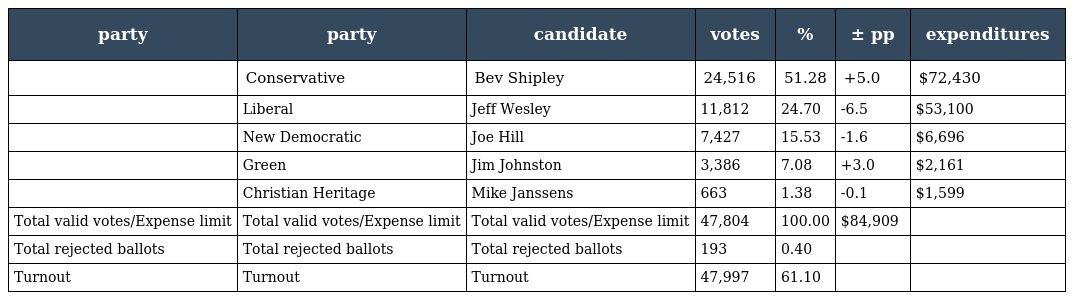
| party | party | candidate | votes | % | ± pp | expenditures |
 | --- | --- | --- | --- | --- | --- | --- |
 |  | Conservative | Bev Shipley | 24,516 | 51.28 | +5.0 | $72,430 |
 |  | Liberal | Jeff Wesley | 11,812 | 24.70 | -6.5 | $53,100 |
 |  | New Democratic | Joe Hill | 7,427 | 15.53 | -1.6 | $6,696 |
 |  | Green | Jim Johnston | 3,386 | 7.08 | +3.0 | $2,161 |
 |  | Christian Heritage | Mike Janssens | 663 | 1.38 | -0.1 | $1,599 |
 | Total valid votes/Expense limit | Total valid votes/Expense limit | Total valid votes/Expense limit | 47,804 | 100.00 | $84,909 |  |
 | Total rejected ballots | Total rejected ballots | Total rejected ballots | 193 | 0.40 |  |  |
 | Turnout | Turnout | Turnout | 47,997 | 61.10 |  |  |